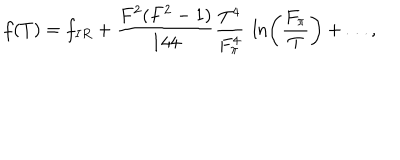
f ( T ) = f _ { I R } + \frac { F ^ { 2 } ( F ^ { 2 } - 1 ) } { 1 4 4 } \frac { T ^ { 4 } } { F _ { \pi } ^ { 4 } } ~ \ln \left( \frac { F _ { \pi } } { T } \right) + \ldots ,